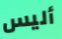
أليس